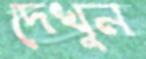
দেখুন